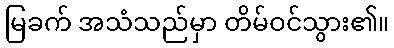
မြခက် အသံသည်မှာ တိမ်ဝင်သွား၏။